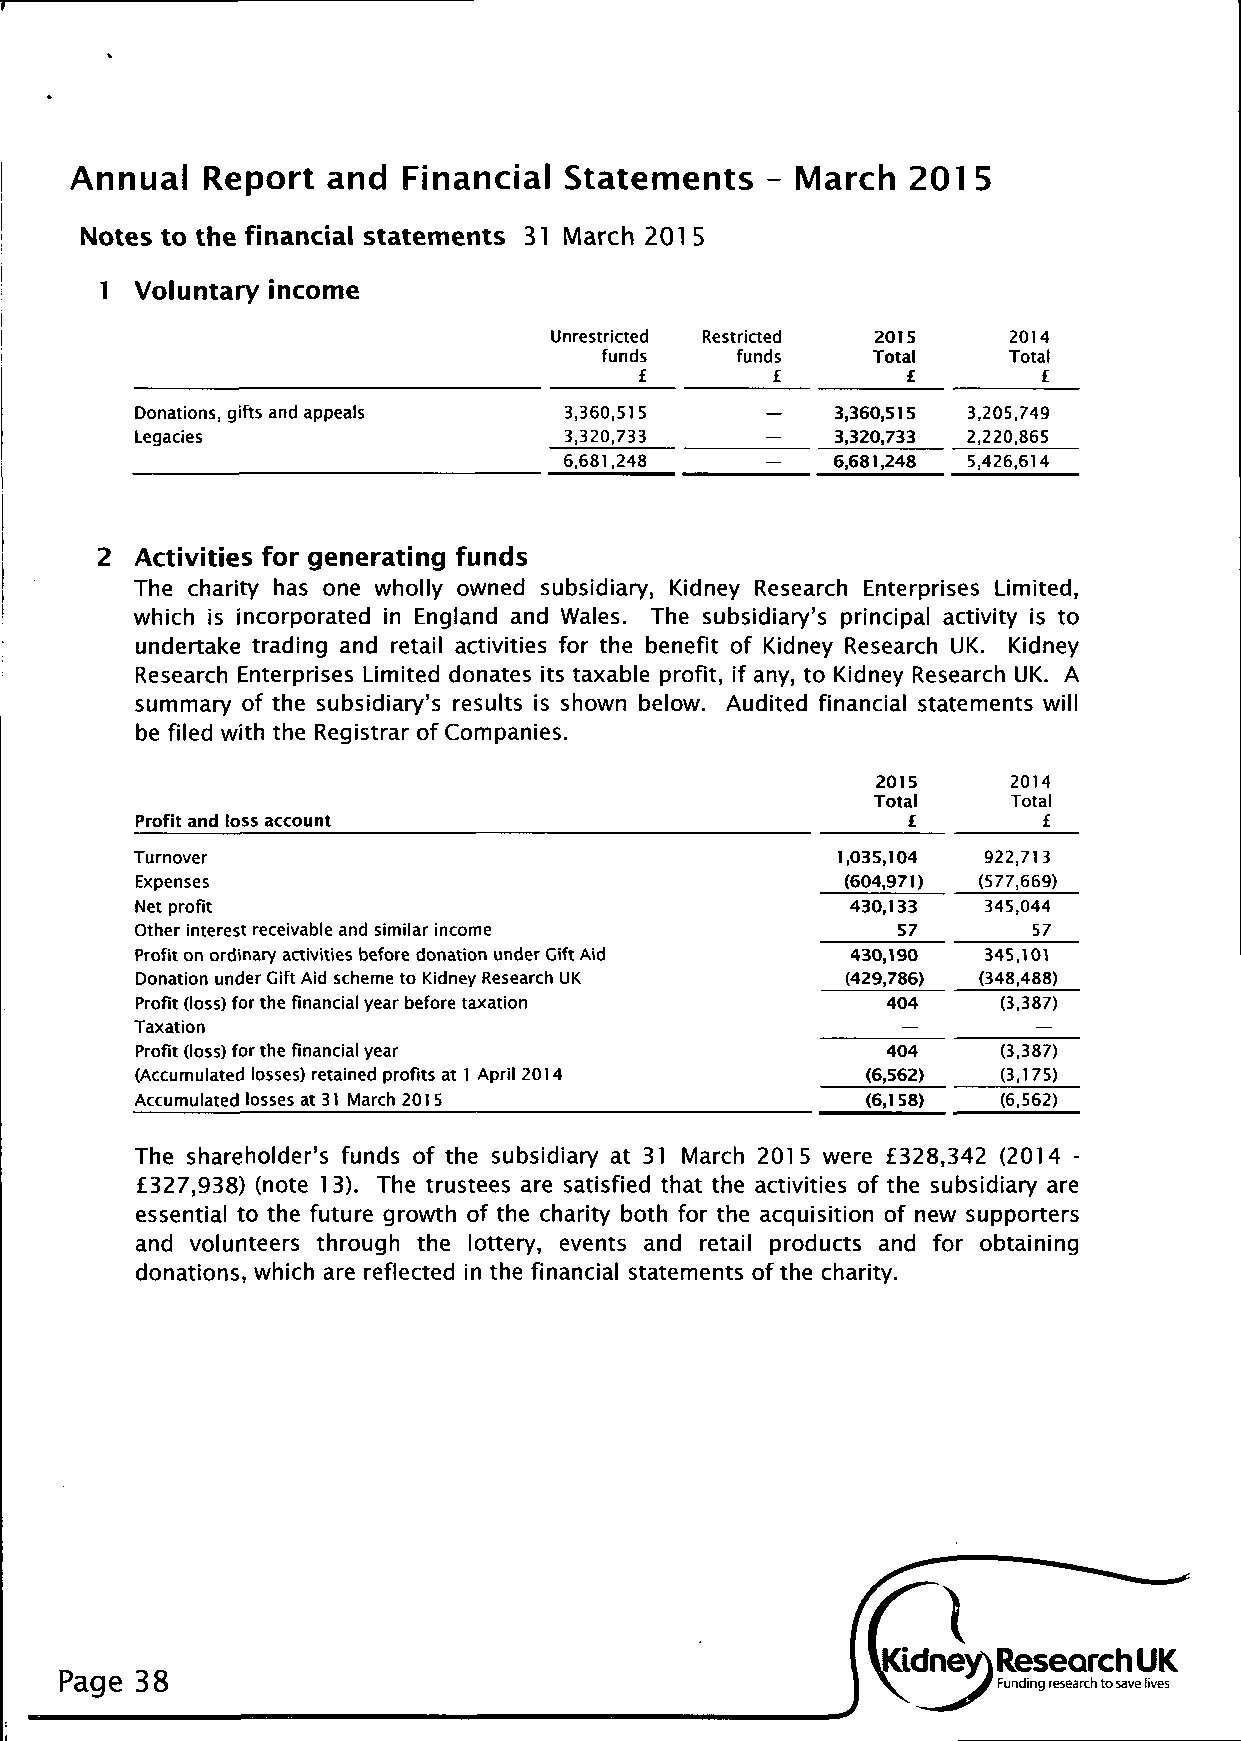
Annual  Report   and  Financial Statements   - March   201 5
 Notes to the financial statements 31 March 201 5
 1 Voluntary income
 Unrestricted Restricted 2015  2014
 funds    funds    Total    Total
 £        £        £        £
 Donations, gifts and appeals 3,360,515    -   3,360,515 3,205,749
 Legacies                    3,320,733     —   3,320,733 2,220,865
 6,681,248     —   6,681,248 5,426,614
 2  Activities for generating funds
 The charity has one wholly owned subsidiary, Kidney Research Enterprises Limited,
 which is incorporated in England and Wales. The subsidiary's principal activity is to
 undertake trading and retail activities for the benefit of Kidney Research UK. Kidney
 Research Enterprises Limited donates its taxable profit, if any, to Kidney Research UK. A
 summary of the subsidiary's results is shown below. Audited financial statements will
 be filed with the Registrar of Companies.
 2015     2014
 Total    Total
 Profit and loss account                            £        £
 Turnover                                      1,035,104 922,713
 Expenses                                       (604,971) (577,669)
 Net profit                                     430,133  345,044
 Other interest receivable and similar income      57       57
 Profit on ordinary activities before donation under Gift Aid 430,190 345,101
 Donation under Gift Aid scheme to Kidney Research UK (429,786) (348,488)
 Profit (loss) for the financial year before taxation 404 (3,387)
 Taxation                                           —        —
 Profit (loss) for the financial year              404    (3,387)
 (Accumulated losses) retained profits at 1 April 2014 (6,562) (3,175)
 Accumulated losses at 31 March 201 5            (6,158)  (6,562)
 The shareholder's funds of the subsidiary at 31 March 2015 were £328,342 (2014 -
 £327,938) (note 13). The trustees are satisfied that the activities of the subsidiary are
 essential to the future growth of the charity both for the acquisition of new supporters
 and volunteers through the lottery, events and retail products and for obtaining
 donations, which are reflected in the financial statements of the charity.
 Page 38